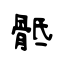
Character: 骶